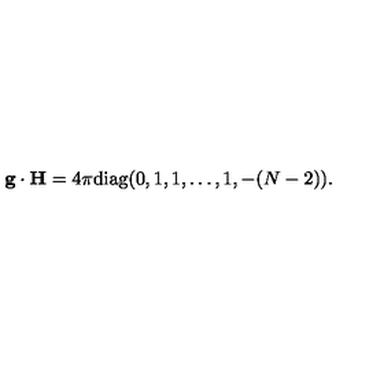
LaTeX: { \bf g } \cdot { \bf H } = { 4 \pi } \mathrm { d i a g } ( 0 , 1 , 1 , \dots , 1 , - ( N - 2 ) ) .